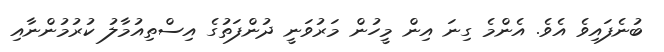
ބުނެފައިވެ އެވެ. އެންމެ ގިނަ އިން މީހުން މަރުވަނީ ދުންފަތުގެ އިސްތިއުމާލު ކުރުމުންނާއި